NAE_kihelkonnakohtute_kirjad_ja_protokollid_1869-1889, lk 8
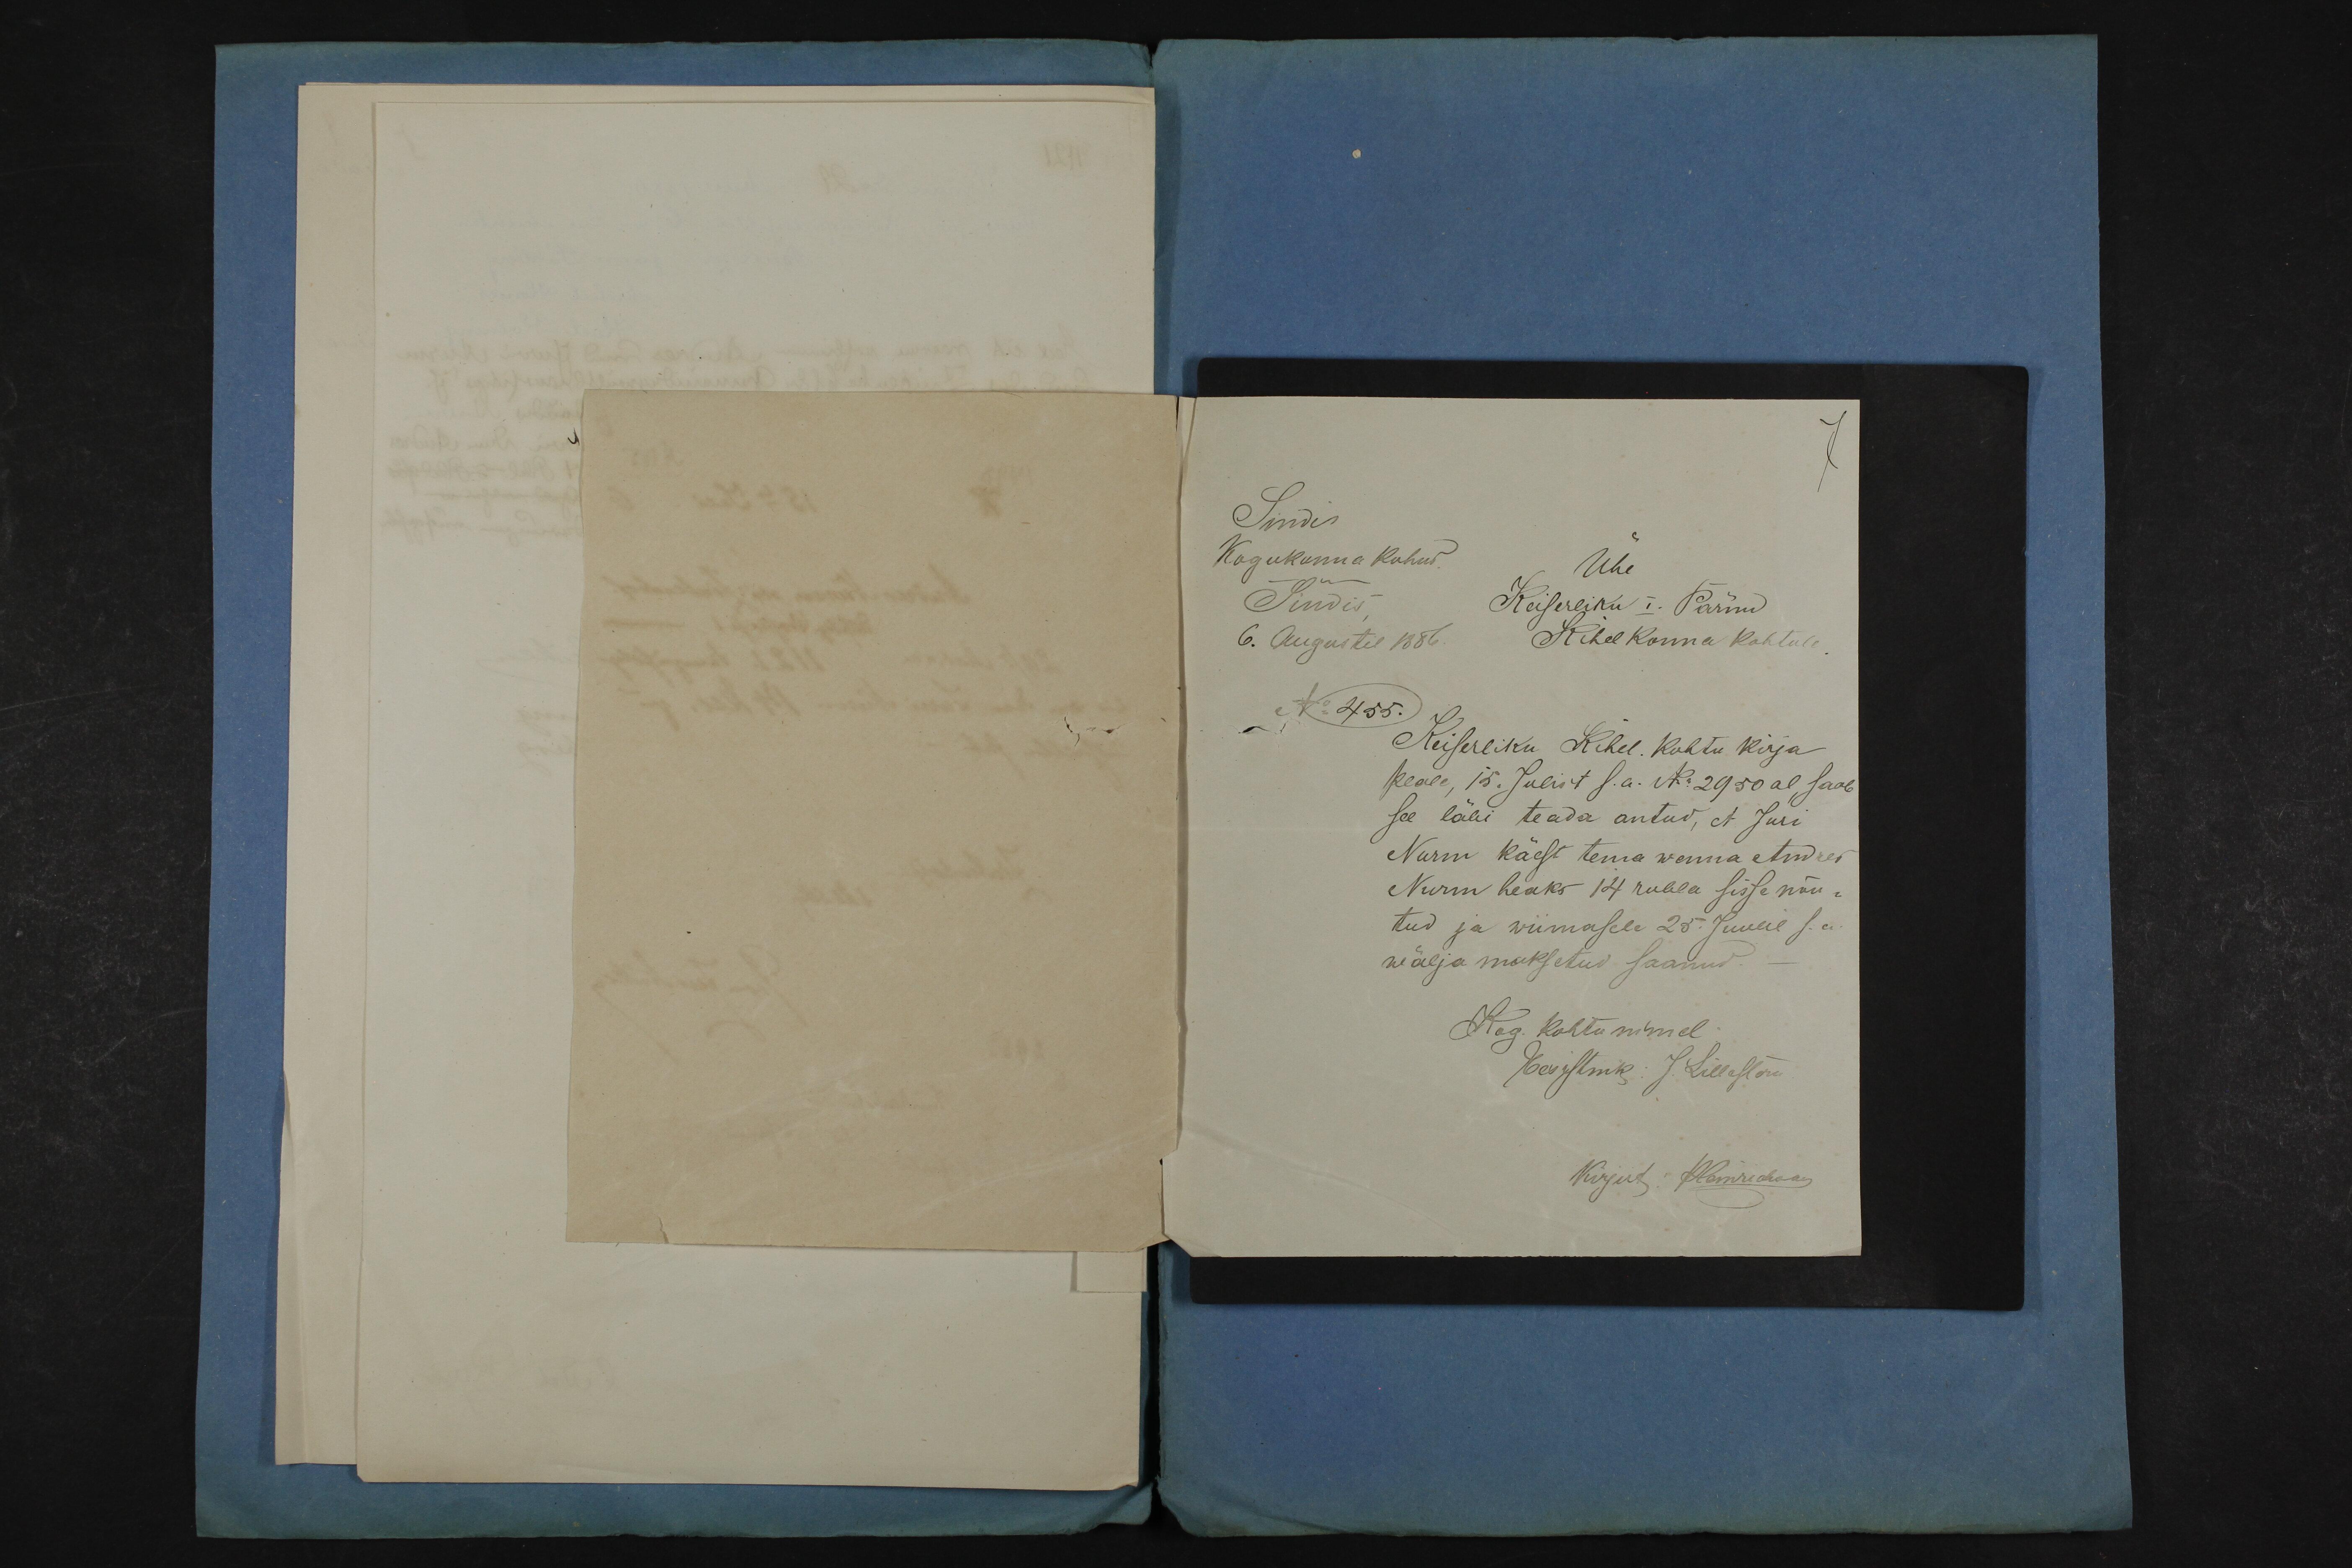
Sindis
Kogukunna Kohus
Ühe
Sindis
Keiserliku I Pärnu
Kihelkonna Kohtule
6. Augustil 1886.
N: 455.
Keiserliku Kihel. Kohtu kirja
peale 15. Julist s.a. N: 2950 al, saab
see läbi teada antud, et Juri
Nurm käest tema wenna Andres
Nurm heaks 14 rubla sissa nõu-
tud ja wiimasele 25. Juulul s.a
wälja maksetud saanud
Kog. Kohtu nimel